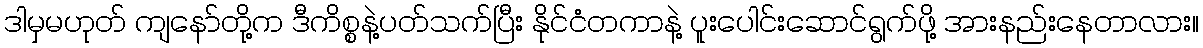
ဒါမှမဟုတ် ကျနော်တို့က ဒီကိစ္စနဲ့ပတ်သက်ပြီး နိုင်ငံတကာနဲ့ ပူးပေါင်းဆောင်ရွက်ဖို့ အားနည်းနေတာလား။